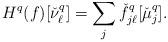
LaTeX: \begin{align*}H^q(f)[\check\nu_\ell^{q}]=\sum_j\check f^q_{j\ell}[\check\mu_j^q].\end{align*}